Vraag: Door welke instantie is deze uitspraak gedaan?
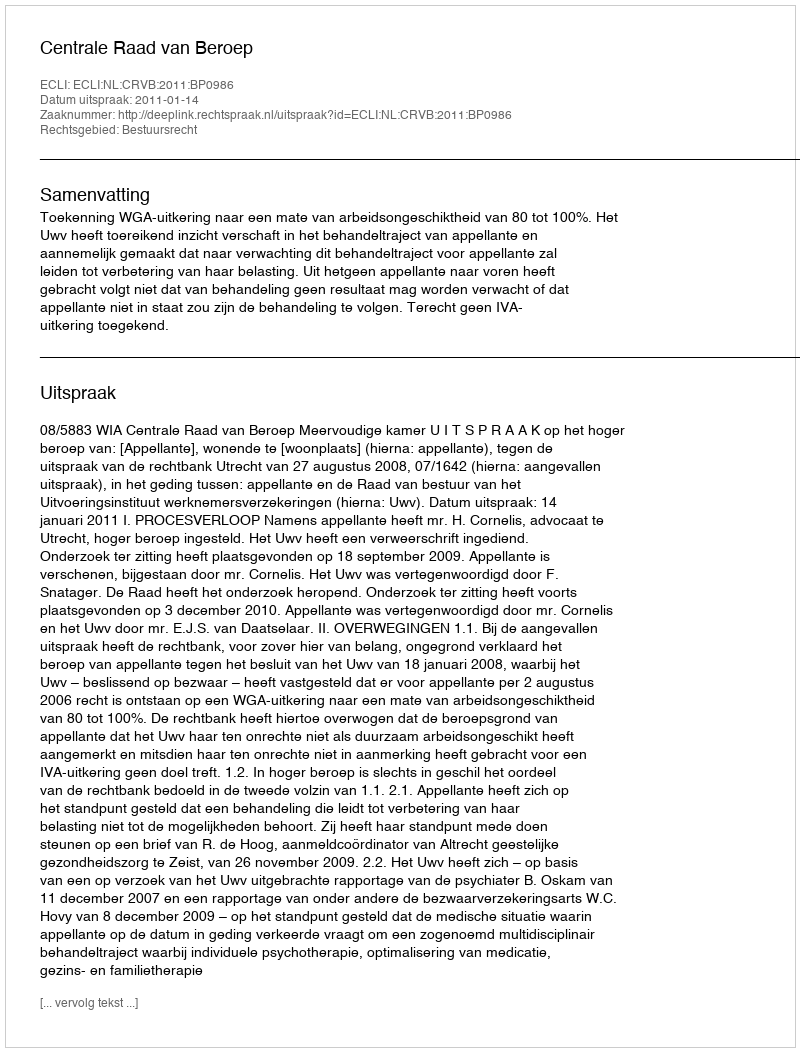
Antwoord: Centrale Raad van Beroep